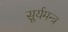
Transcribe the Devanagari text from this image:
सूर्यमन्त्र